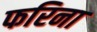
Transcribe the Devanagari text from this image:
फरिना